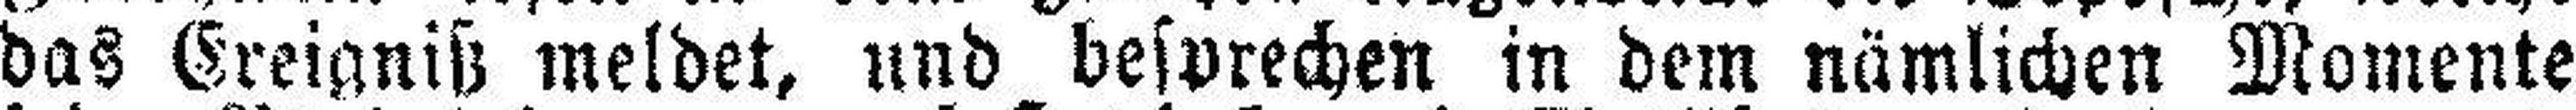
das Ereigniß meldet, und besprechen in dem nämlichen Momente